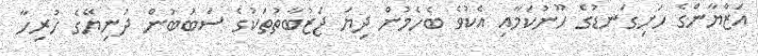
އަޒްޔާންގެ ހަށިގަނޑުގެ ހޫނުކަމާއި އެކުވެ ބެހެމުން ދިޔަ ޖަޒުބާތުތަކުގެ ސަބަބުން ދުނިޔޭގެ ހުރިހާ